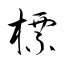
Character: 標